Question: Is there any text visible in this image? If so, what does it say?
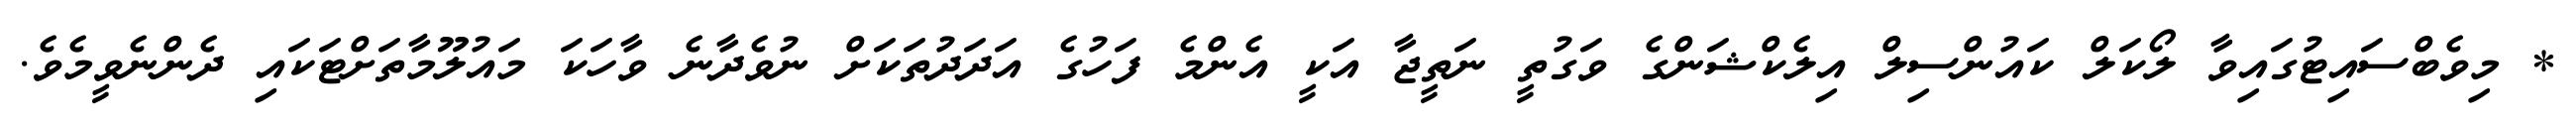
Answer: * މިވެބްސައިޓުގައިވާ ލޯކަލް ކައުންސިލް އިލެކްޝަންގެ ވަގުތީ ނަތީޖާ އަކީ އެންމެ ފަހުގެ އަދަދުތަކަށް ނުވެދާނެ ވާހަކަ މައުލޫމާތަށްޓަކައި ދެންނެވީމެވެ.